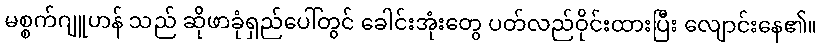
မစ္စက်ဂျူဟန် သည် ဆိုဖာခုံရှည်ပေါ်တွင် ခေါင်းအုံးတွေ ပတ်လည်ဝိုင်းထားပြီး လျောင်းနေ၏။